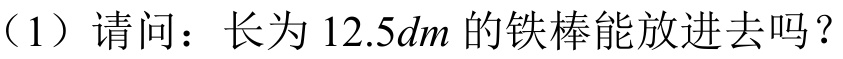
（1）请问：长为 \(12.5dm\) 的铁棒能放进去吗？